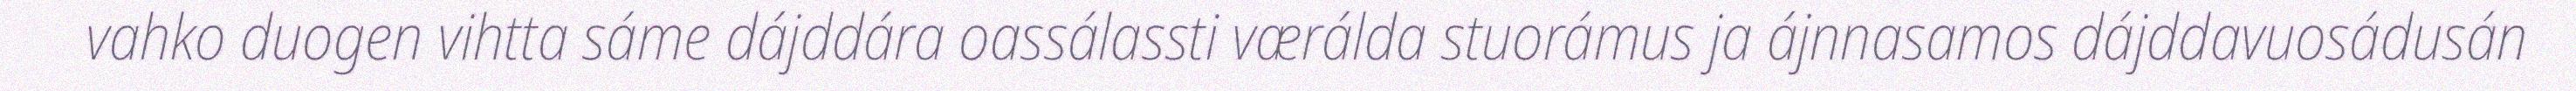
vahko duogen vihtta sáme dájddára oassálassti værálda stuorámus ja ájnnasamos dájddavuosádusán